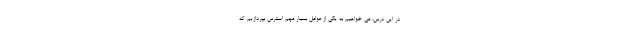
در این درس، می خواهیم به یکی از عوامل بسیار مهم استرس بپردازیم که